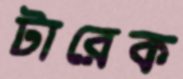
টারেক